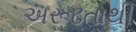
અરૂઢતાથી